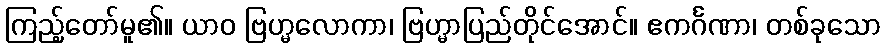
ကြည့်တော်မူ၏။ ယာဝ ဗြဟ္မလောကာ၊ ဗြဟ္မာပြည်တိုင်အောင်။ ဧကင်္ဂဏာ၊ တစ်ခုသော